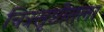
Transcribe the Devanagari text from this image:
चित्रसृष्टीतला